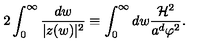
2 \int _ { 0 } ^ { \infty } \frac { d w } { | z ( w ) | ^ { 2 } } \equiv \int _ { 0 } ^ { \infty } d w \frac { { \cal H } ^ { 2 } } { a ^ { d } \varphi ^ { 2 } } .